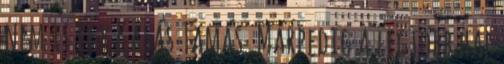
nem is egy Kásás Tamás. Márpedig a legtöbb hal